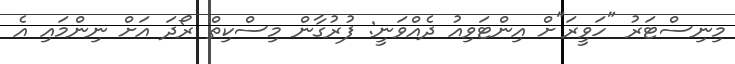
މިނިސްޓަރު "ހަވީރަ"ށް އިންޓަވިއު ދެއްވަނީ: ފުރުގާން މިސްކިތް ރޯދަ އަށް ނިންމައި އެ